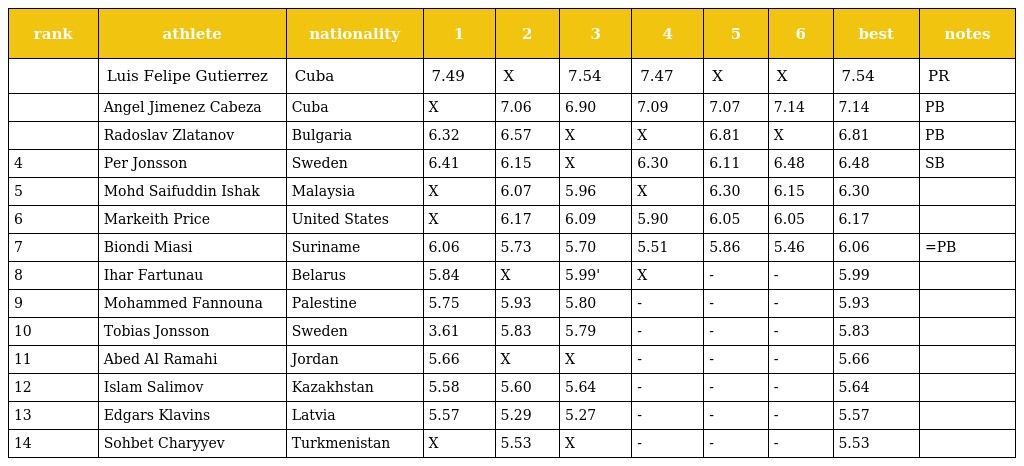
| rank | athlete | nationality | 1 | 2 | 3 | 4 | 5 | 6 | best | notes |
 | --- | --- | --- | --- | --- | --- | --- | --- | --- | --- | --- |
 |  | Luis Felipe Gutierrez | Cuba | 7.49 | X | 7.54 | 7.47 | X | X | 7.54 | PR |
 |  | Angel Jimenez Cabeza | Cuba | X | 7.06 | 6.90 | 7.09 | 7.07 | 7.14 | 7.14 | PB |
 |  | Radoslav Zlatanov | Bulgaria | 6.32 | 6.57 | X | X | 6.81 | X | 6.81 | PB |
 | 4 | Per Jonsson | Sweden | 6.41 | 6.15 | X | 6.30 | 6.11 | 6.48 | 6.48 | SB |
 | 5 | Mohd Saifuddin Ishak | Malaysia | X | 6.07 | 5.96 | X | 6.30 | 6.15 | 6.30 |  |
 | 6 | Markeith Price | United States | X | 6.17 | 6.09 | 5.90 | 6.05 | 6.05 | 6.17 |  |
 | 7 | Biondi Miasi | Suriname | 6.06 | 5.73 | 5.70 | 5.51 | 5.86 | 5.46 | 6.06 | =PB |
 | 8 | Ihar Fartunau | Belarus | 5.84 | X | 5.99' | X | - | - | 5.99 |  |
 | 9 | Mohammed Fannouna | Palestine | 5.75 | 5.93 | 5.80 | - | - | - | 5.93 |  |
 | 10 | Tobias Jonsson | Sweden | 3.61 | 5.83 | 5.79 | - | - | - | 5.83 |  |
 | 11 | Abed Al Ramahi | Jordan | 5.66 | X | X | - | - | - | 5.66 |  |
 | 12 | Islam Salimov | Kazakhstan | 5.58 | 5.60 | 5.64 | - | - | - | 5.64 |  |
 | 13 | Edgars Klavins | Latvia | 5.57 | 5.29 | 5.27 | - | - | - | 5.57 |  |
 | 14 | Sohbet Charyyev | Turkmenistan | X | 5.53 | X | - | - | - | 5.53 |  |